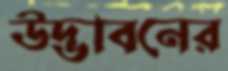
উদ্ভাবনের